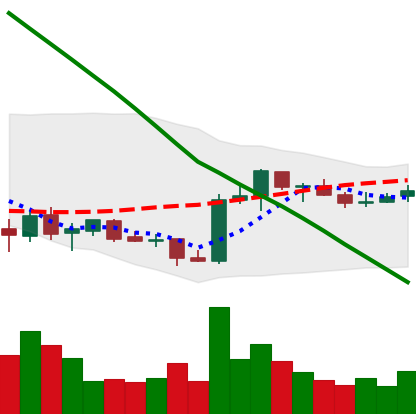
Ticker: ADA-USD
Chart end date: 2019-02-17
Forward return: 11.365%
Label: up_7plus